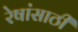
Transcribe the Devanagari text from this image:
रेषांसाठी